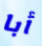
أبا